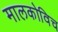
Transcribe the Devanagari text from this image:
मालकोविच